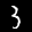
Label: 3